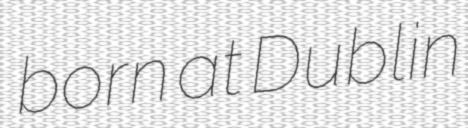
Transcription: born at Dublin